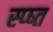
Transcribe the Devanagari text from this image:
स्प्ष्त